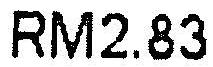
RM2.83